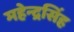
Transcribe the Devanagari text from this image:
महेन्द्रसिंह